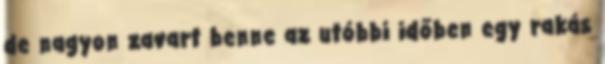
de nagyon zavart benne az utóbbi időben egy rakás